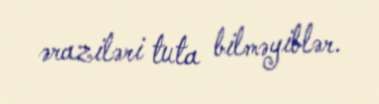
əraziləri tuta bilməyiblər.